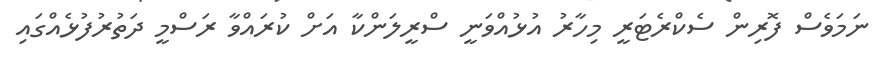
ނަމަވެސް ފޮރިން ސެކްރެޓަރީ މިހާރު އުޅުއްވަނީ ސްރީލަންކާ އަށް ކުރައްވާ ރަސްމީ ދަތުރުފުޅެއްގައި